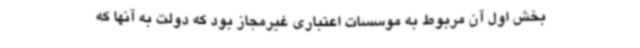
بخش اول آن مربوط به موسسات اعتباری غیرمجاز بود که دولت به آنها که